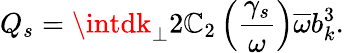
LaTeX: Q_{s}=\intdk_{\perp}2\mathbb{C}_{2}\left(\frac{{\gamma_{s}}}{{\omega}}\right)\overline{{{\omega}}}b_{k}^{3}.